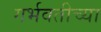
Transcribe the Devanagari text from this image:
गर्भवतीच्या